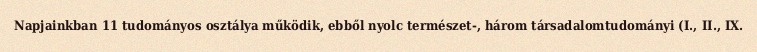
Napjainkban 11 tudományos osztálya működik, ebből nyolc természet-, három társadalomtudományi (I., II., IX.